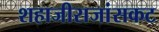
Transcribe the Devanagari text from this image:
शहाजीराजांसकट